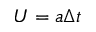
U = a \Delta t